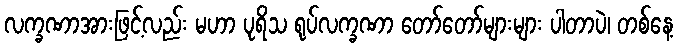
လက္ခဏာအားဖြင့်လည်း မဟာ ပုရိသ ရုပ်လက္ခဏာ တော်တော်များများ ပါတာပဲ၊ တစ်နေ့